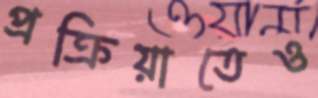
প্রক্রিয়াতেও